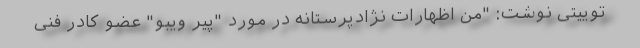
توییتی نوشت: "من اظهارات نژادپرستانه در مورد "پیر ویبو" عضو کادر فنی